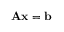
\mathbf { A x } = \mathbf { b }